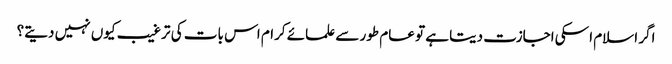
اگر اسلام اسکی اجازت دیتا ہے تو عام طور سے علمائے کرام اس بات کی ترغیب کیوں نہیں دیتے؟